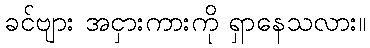
ခင်ဗျား အငှားကားကို ရှာနေသလား။